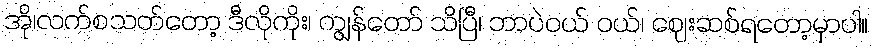
အို၊လက်စသတ်တော့ ဒီလိုကိုး၊ ကျွန်တော် သိပြီ၊ ဘာပဲဝယ် ဝယ်၊ ဈေးဆစ်ရတော့မှာပါ။